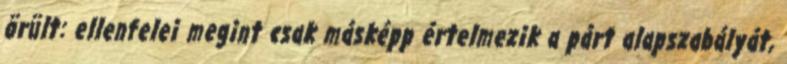
örült: ellenfelei megint csak másképp értelmezik a párt alapszabályát,